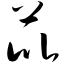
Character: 芘